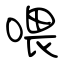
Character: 喂